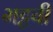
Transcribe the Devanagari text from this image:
भट्टची